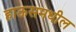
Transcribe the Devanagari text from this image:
हाऊसमधील